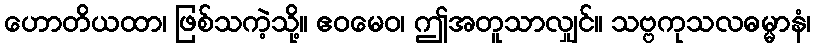
ဟောတိယထာ၊ ဖြစ်သကဲ့သို့။ ဧဝမေဝ၊ ဤအတူသာလျှင်။ သဗ္ဗကုသလဓမ္မာနံ၊